Indian journal of veterinary science and animal husbandry - Volumes 18-21, 1948-1951
Year: 1948
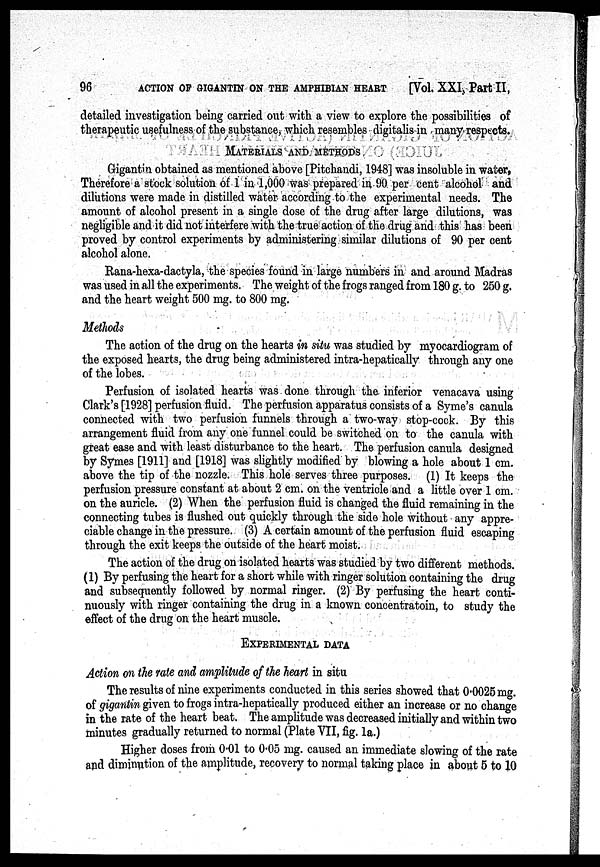
96
ACTION OF GIGANTIN ON THE AMPHIBIAN HEART
[Vol. XXI, Part II,
detailed investigation being carried out with a view to explore the possibilities of
therapeutic usefulness of the substance, which resembles digitalis in many respects.
MATERIALS AND METHODS
Gigantin obtained as mentioned above [Pitchandi, 1948] was insoluble in water,
Therefore a stock solution of 1 in 1,000 was prepared in 90 per cent alcohol and
dilutions were made in distilled water according to the experimental needs. The
amount of alcohol present in a single dose of the drug after large dilutions, was
negligible and it did not interfere with the true action of the drug and this has been
proved by control experiments by administering similar dilutions of 90 per cent
alcohol alone.
Rana-hexa-dactyla, the species found in large numbers in and around Madras
was used in all the experiments. The weight of the frogs ranged from 180 g. to 250 g.
and the heart weight 500 mg. to 800 mg.
Methods
The action of the drug on the hearts in situ was studied by myocardiogram of
the exposed hearts, the drug being administered intra-hepatically through any one
of the lobes.
Perfusion of isolated hearts was done through the inferior venacava using
Clark's [1928] perfusion fluid. The perfusion apparatus consists of a Syme's canula
connected with two perfusion funnels through a two-way stop-cock. By this
arrangement fluid from any one funnel could be switched on to the canula with
great ease and with least disturbance to the heart. The perfusion canula designed
by Symes [1911] and [1918] was slightly modified by blowing a hole about 1 cm.
above the tip of the nozzle. This hole serves three purposes. (1) It keeps the
perfusion pressure constant at about 2 cm. on the ventricle and a little over 1 cm.
on the auricle. (2) When the perfusion fluid is changed the fluid remaining in the
connecting tubes is flushed out quickly through the side hole without any appre-
ciable change in the pressure. (3) A certain amount of the perfusion fluid escaping
through the exit keeps the outside of the heart moist.
The action of the drug on isolated hearts was studied by two different methods.
(1) By perfusing the heart for a short while with ringer solution containing the drug
and subsequently followed by normal ringer. (2) By perfusing the heart conti-
nuously with ringer containing the drug in a known concentratoin, to study the
effect of the drug on the heart muscle.
EXPERIMENTAL DATA
Action on the rate and amplitude of the heart in situ
The results of nine experiments conducted in this series showed that 0.0025 mg.
of gigantin given to frogs intra-hepatically produced either an increase or no change
in the rate of the heart beat. The amplitude was decreased initially and within two
minutes gradually returned to normal (Plate VII, fig. la.)
Higher doses from 0.01 to 0.05 mg. caused an immediate slowing of the rate
and diminution of the amplitude, recovery to normal taking place in about 5 to 10